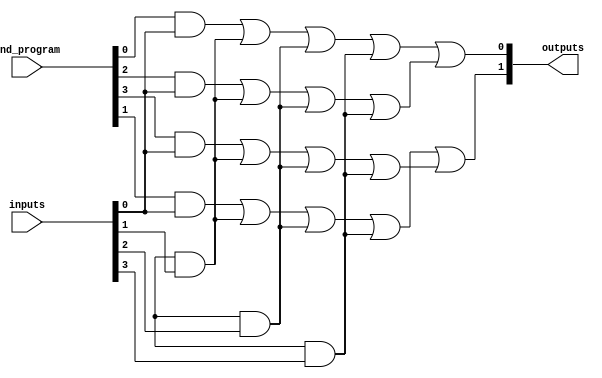
module SPAL #(parameter NUM_INPUTS = 4,  // Number of input signals
               parameter NUM_ANDS = 4,   // Number of AND gates
               parameter NUM_OUTPUTS = 2) // Number of output signals
(
    input  wire [NUM_INPUTS-1:0] inputs,      // Input signals
    input  wire [NUM_ANDS-1:0] and_program,    // Programming signals for AND gates
    output wire [NUM_OUTPUTS-1:0] outputs       // Output signals
);

// Internal signals for AND gate outputs
wire [NUM_ANDS-1:0] and_out;

// Programmable AND array
genvar i, j;
generate
    for (i = 0; i < NUM_ANDS; i = i + 1) begin : and_array
        // Each AND gate can be programmed with a subset of inputs based on and_program
        assign and_out[i] = (and_program[i] & inputs[0]) |
                             (and_program[i+NUM_ANDS] & inputs[1]) |
                             (and_program[i+2*NUM_ANDS] & inputs[2]) |
                             (and_program[i+3*NUM_ANDS] & inputs[3]);
    end
endgenerate

// Fixed OR array
generate
    for (j = 0; j < NUM_OUTPUTS; j = j + 1) begin : or_array
        assign outputs[j] = and_out[j] | and_out[j + NUM_OUTPUTS];
    end
endgenerate

endmodule